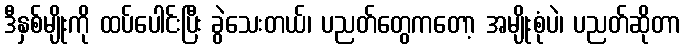
ဒီနှစ်မျိုးကို ထပ်ပေါင်းပြီး ခွဲသေးတယ်၊ ပညတ်တွေကတော့ အမျိုးစုံပဲ၊ ပညတ်ဆိုတာ